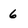
Character: 6